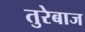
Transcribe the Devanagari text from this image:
तुरेबाज